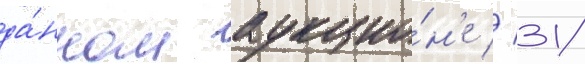
да́нном аукцио́н'е // 31